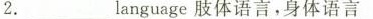
2. ___ language肢体语言，身体语言